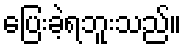
ပြေးခဲ့ရဘူးသည်။